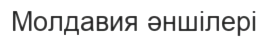
Молдавия әншілері